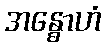
အန္ဓောဟံ